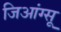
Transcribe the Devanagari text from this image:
जिआंग्सू